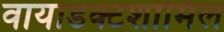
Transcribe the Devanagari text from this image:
वायाडक्टशामिल